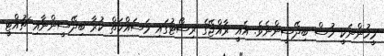
މީހުންނަކީ ހުސް ބިދޭސީންނެވެ. އެއީ ރާއްޖޭގެ ރިސޯޓުގައި މަސައްކަތް ކުރާ ބިދޭސީންނާއި ޗުއްޓީ